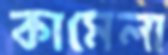
কামেলা